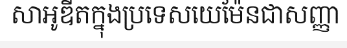
សាអូឌីតក្នុងប្រទេសយេម៉ែនជាសញ្ញា